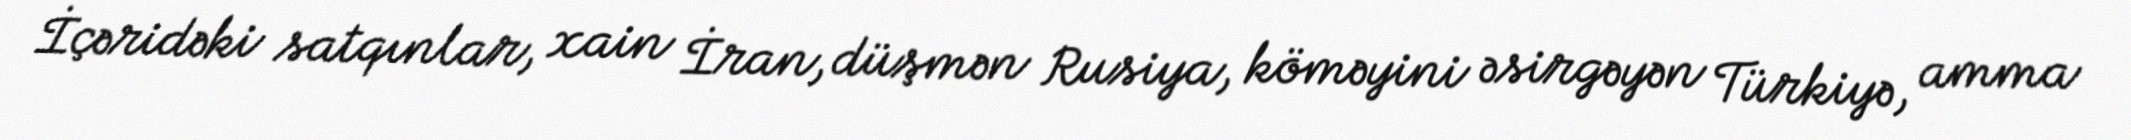
İçəridəki satqınlar, xain İran, düşmən Rusiya, köməyini əsirgəyən Türkiyə, amma